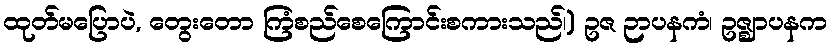
ထုတ်မပြောပဲ, တွေးတော ကြံစည်စေကြောင်းစကားသည်၊) ဥဇ ဉာပနကံ၊ ဥဇ္ဈာပနက